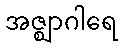
အဇ္ဈာဂါရေ